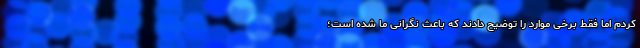
کردم اما فقط برخی موارد را توضیح دادند که باعث نگرانی ما شده است؛